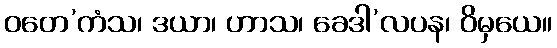
ဝတေ’ကံသ၊ ဒယာ၊ ဟာသ၊ ခေဒါ’လပန၊ ဝိမှယေ။